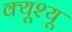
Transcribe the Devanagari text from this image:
क्यूश्यू